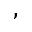
,